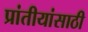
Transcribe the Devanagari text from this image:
प्रांतीयांसाठी